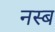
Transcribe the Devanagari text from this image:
नस्ब